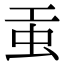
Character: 𧈫